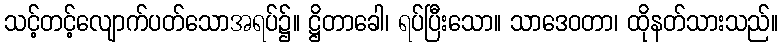
သင့်တင့်လျောက်ပတ်သောအရပ်၌။ ဋ္ဌိတာခေါ၊ ရပ်ပြီးသော။ သာဒေဝတာ၊ ထိုနတ်သားသည်။